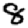
Digit: 8